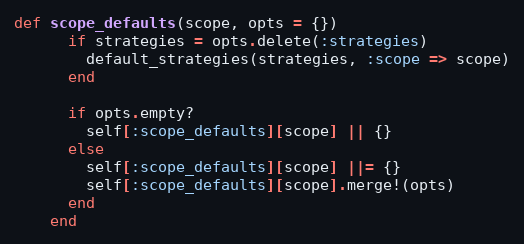
Language: Ruby
def scope_defaults(scope, opts = {})
      if strategies = opts.delete(:strategies)
        default_strategies(strategies, :scope => scope)
      end

      if opts.empty?
        self[:scope_defaults][scope] || {}
      else
        self[:scope_defaults][scope] ||= {}
        self[:scope_defaults][scope].merge!(opts)
      end
    end